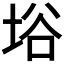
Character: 﨏